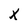
Character: X